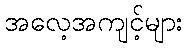
အလေ့အကျင့်များ